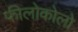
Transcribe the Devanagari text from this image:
फीलोकोलो